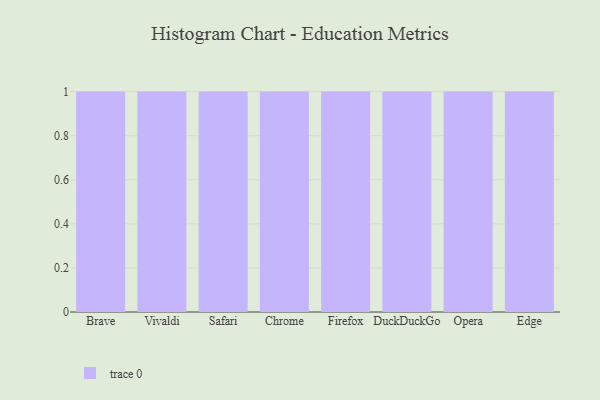
{"axis": {"x": "Browser", "y": "Shipments"}, "legend": [""], "data": [{"x": "Brave", "y": 3, "type": ""}, {"x": "Vivaldi", "y": 12, "type": ""}, {"x": "Safari", "y": 80, "type": ""}, {"x": "Chrome", "y": 2, "type": ""}, {"x": "Firefox", "y": 17, "type": ""}, {"x": "DuckDuckGo", "y": 69, "type": ""}, {"x": "Opera", "y": 21, "type": ""}, {"x": "Edge", "y": 89, "type": ""}]}